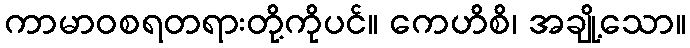
ကာမာဝစရတရားတို့ကိုပင်။ ကေဟိစိ၊ အချို့သော။